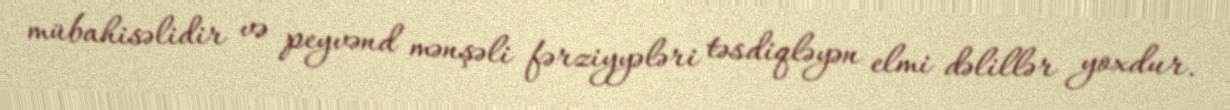
mübahisəlidir və peyvənd mənşəli fərziyyələri təsdiqləyən elmi dəlillər yoxdur.